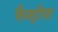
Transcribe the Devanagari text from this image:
फैक्ट्रीया